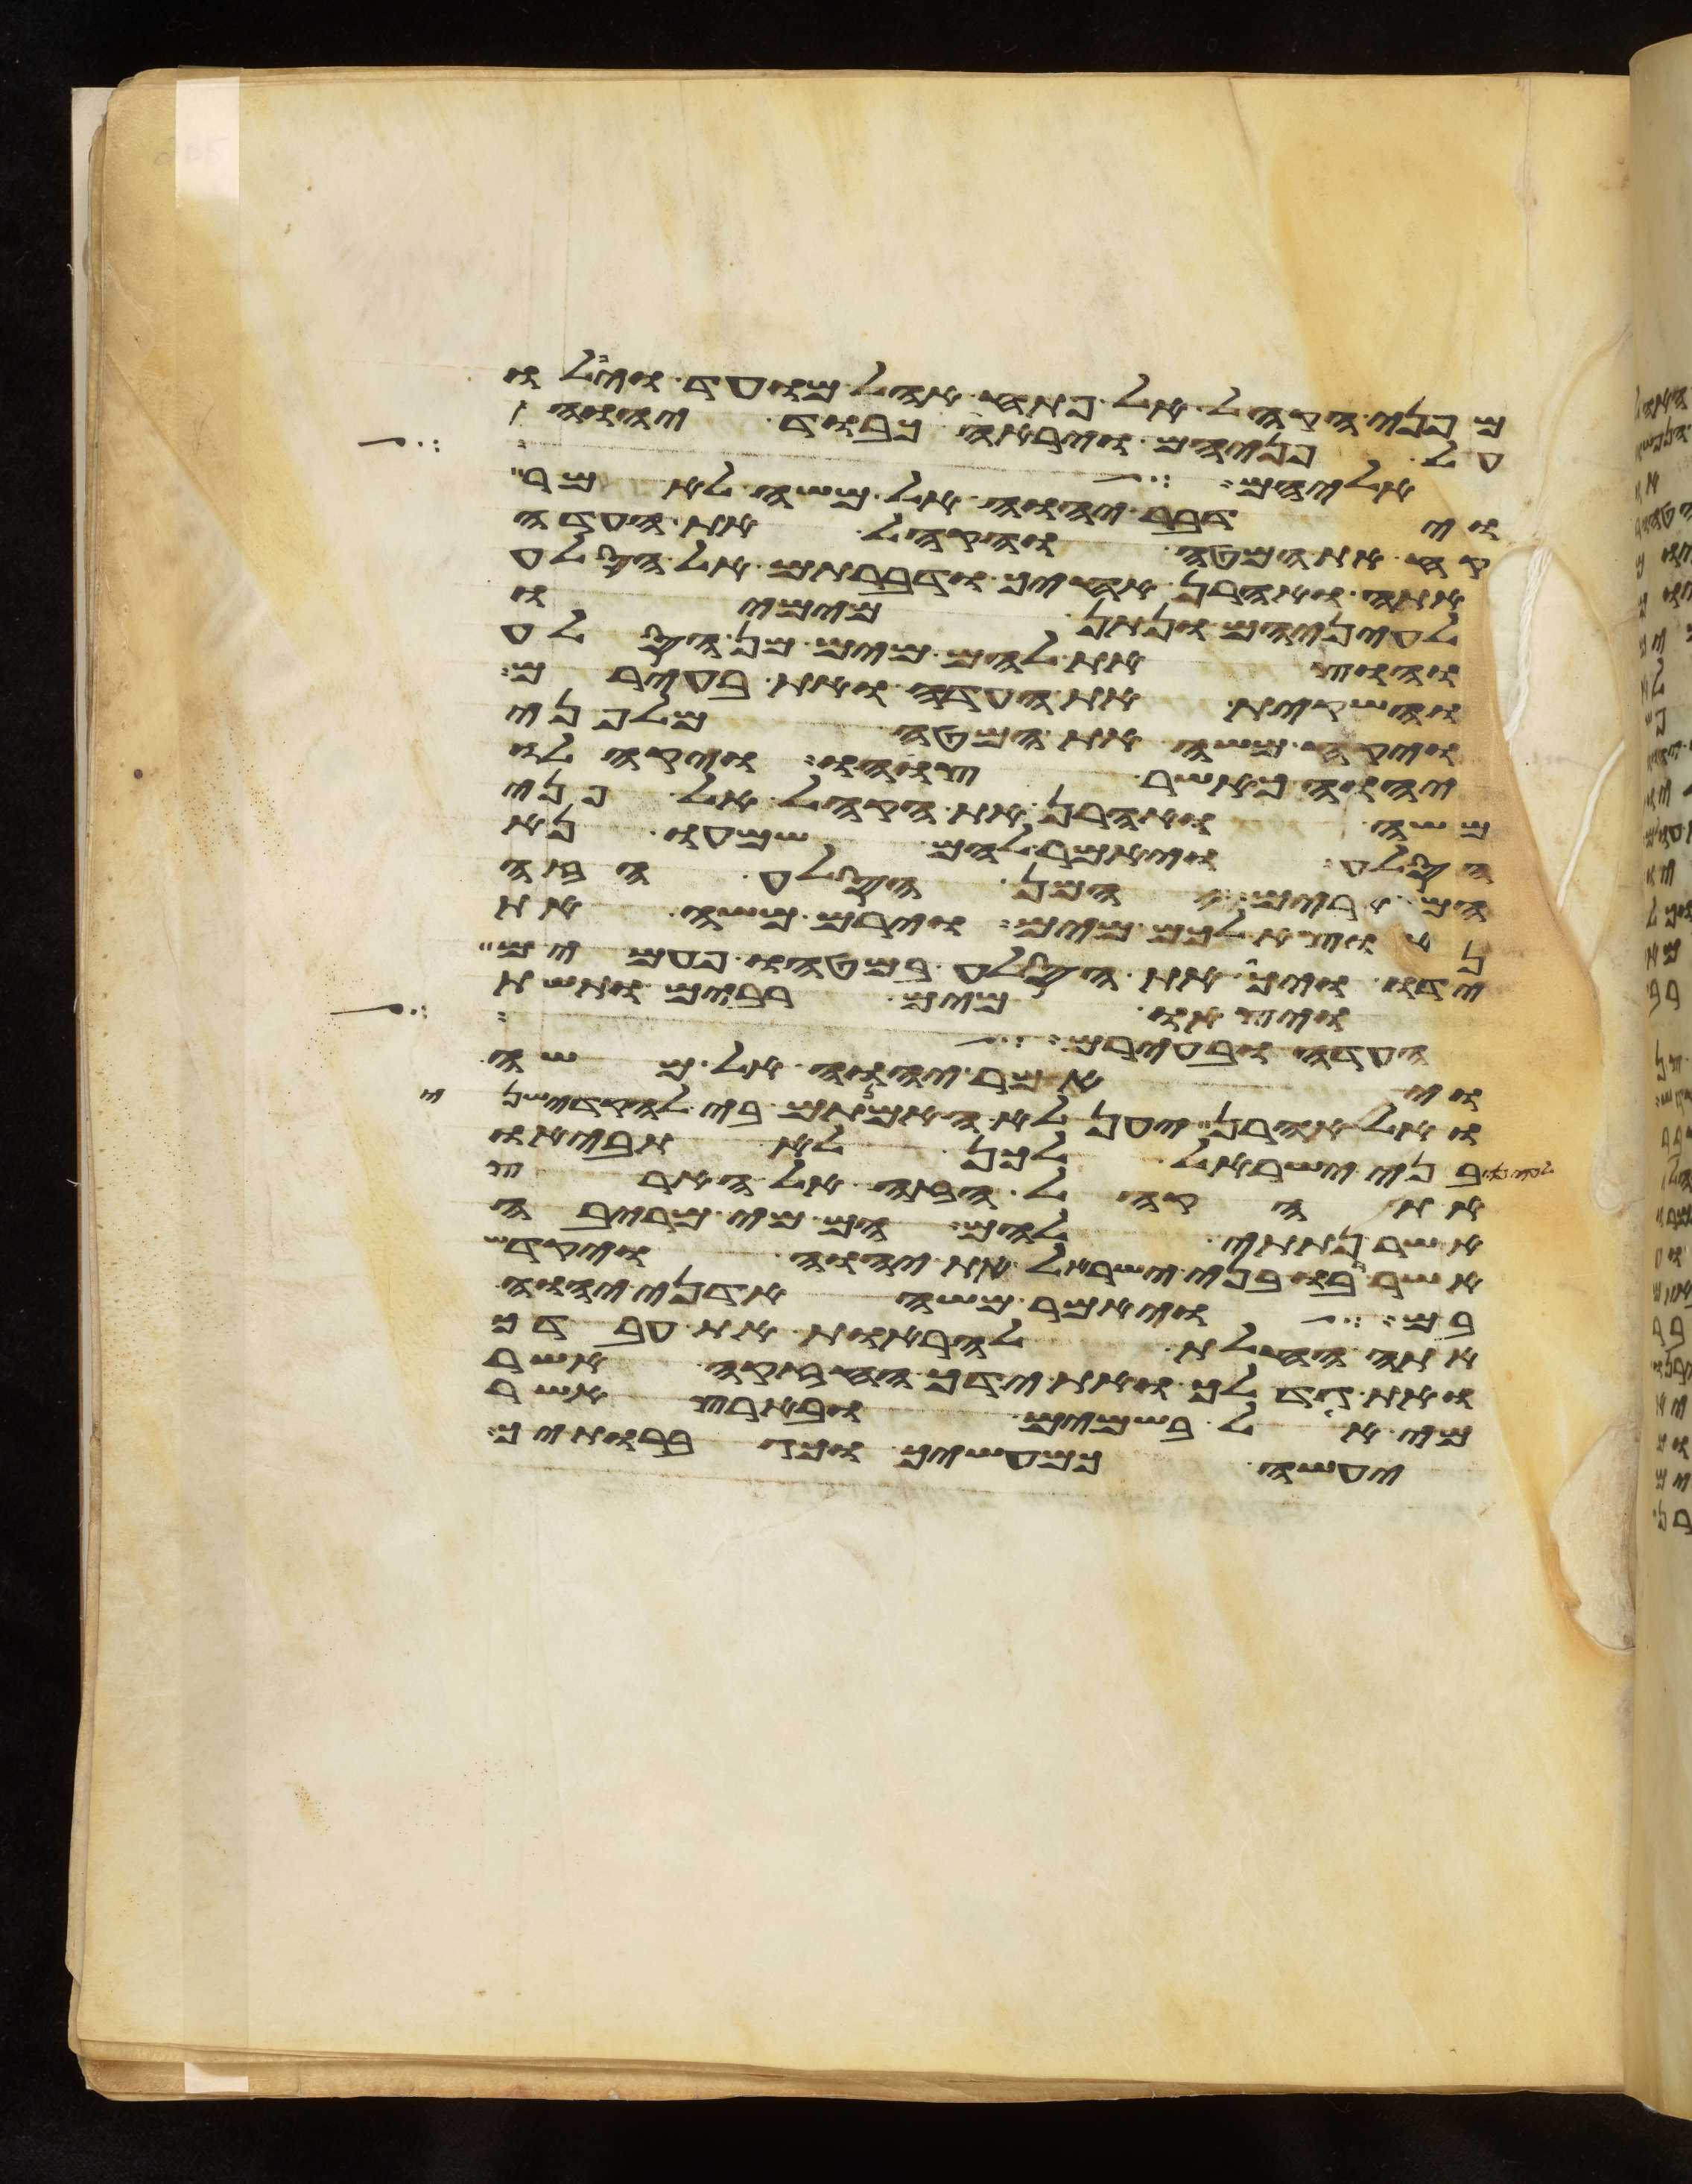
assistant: מפני הקהל אל פתח אהל מועד ויפלו
על פניהם וירא כבוד יהוה
אליהם אל
וידבר יהוה אל משה לאמר
קח את המטה והקהל את העדה
אתה ואהרן אחיך ודברתם אל הסלע
לעיניהם ונתן מימיו
והוצאת להם מים מן הסלע
והשקית את העדה ואת בעירם
ויקח משה את המטה מלפני
יהוה כאשר צוהו ויקהלו
משה ואהרן את הקהל אל פני
הסלע ויאמר להם שמעו נא
המרים המן הסלע הזה
נוציא לכם מים וירם משה את
ידו ויך את הסלע במטהו פעמים
ויצאו מים רבים ותשת
העדות ובערב יהיה על
ויאמר יהוה אל משה
ואל אהרן יען לא האמנתם בי להקדישני
בני ישראל לכן לא תביאו
את הקהל הזה אל הארץ
אשר נתתי להם הם מי מריבה
אשר רבו בני ישראל את יהוה ויקדש
בם ויאמר משה אדני יהוה
אתה החלת להראות את עבדך
את גדלך ואת ידך החזקה אשר
מי אל בשמים ובארץ אשר
יעשה כמעשיך וכגבורתיך